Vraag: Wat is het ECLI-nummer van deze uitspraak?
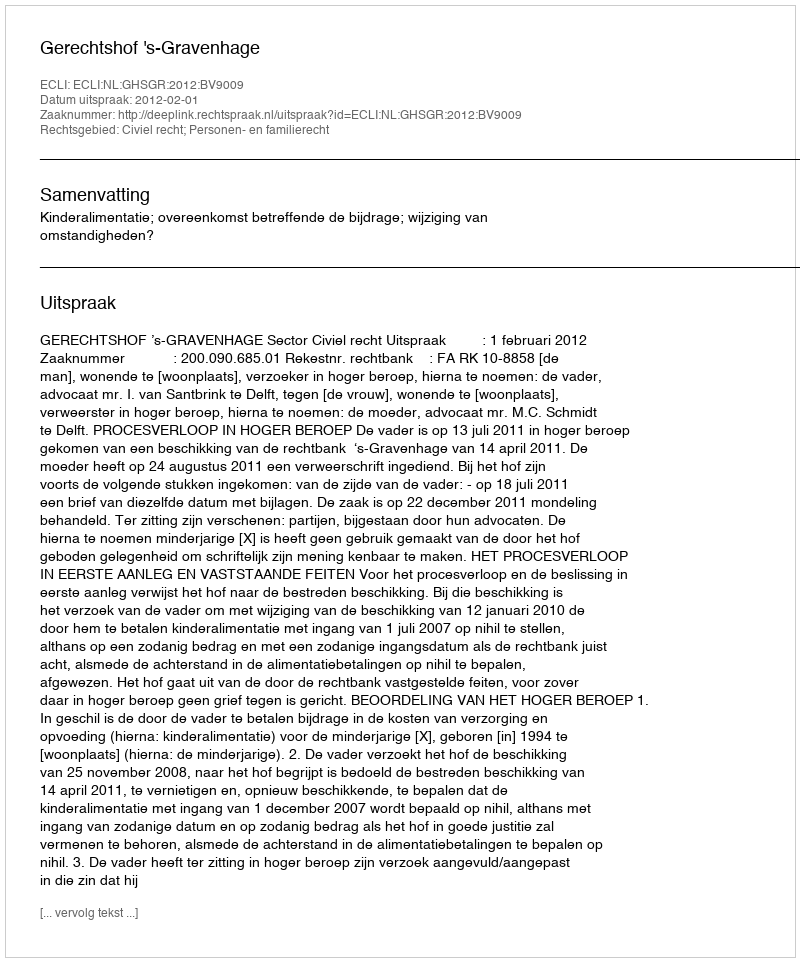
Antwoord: ECLI:NL:GHSGR:2012:BV9009